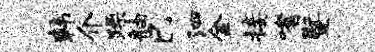
韩介躁舳巳泗金接嗜暨